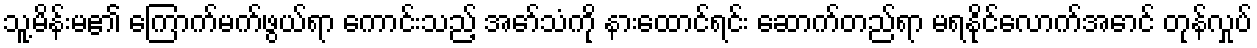
သူ့မိန်းမ၏ ကြောက်မက်ဖွယ်ရာ ကောင်းသည့် အော်သံကို နားထောင်ရင်း ဆောက်တည်ရာ မရနိုင်လောက်အောင် တုန်လှုပ်